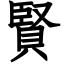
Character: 賢